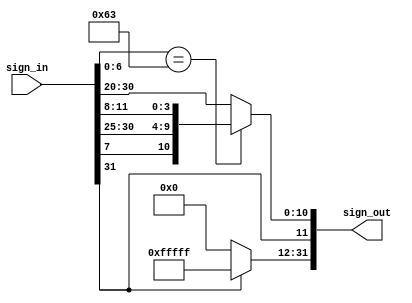
module SignedExtension(sign_in, sign_out);

    input [31:0] sign_in;
    output reg [31:0] sign_out;
    reg [11:0] immediate;



    always @(*) begin
        if(sign_in[6:0] == 7'b1100011)
            immediate = {sign_in[31], sign_in[7], sign_in[30:25], sign_in[11:8]};
        else immediate = sign_in[31:20];

    sign_out[11:0] = immediate;
    sign_out[31:12] = immediate[11] ? 20'b1111_1111_1111_1111_1111: 20'b0; // Signed-Extension

    end

endmodule